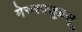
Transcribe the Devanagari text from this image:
मेरुरज्जुप्रसू